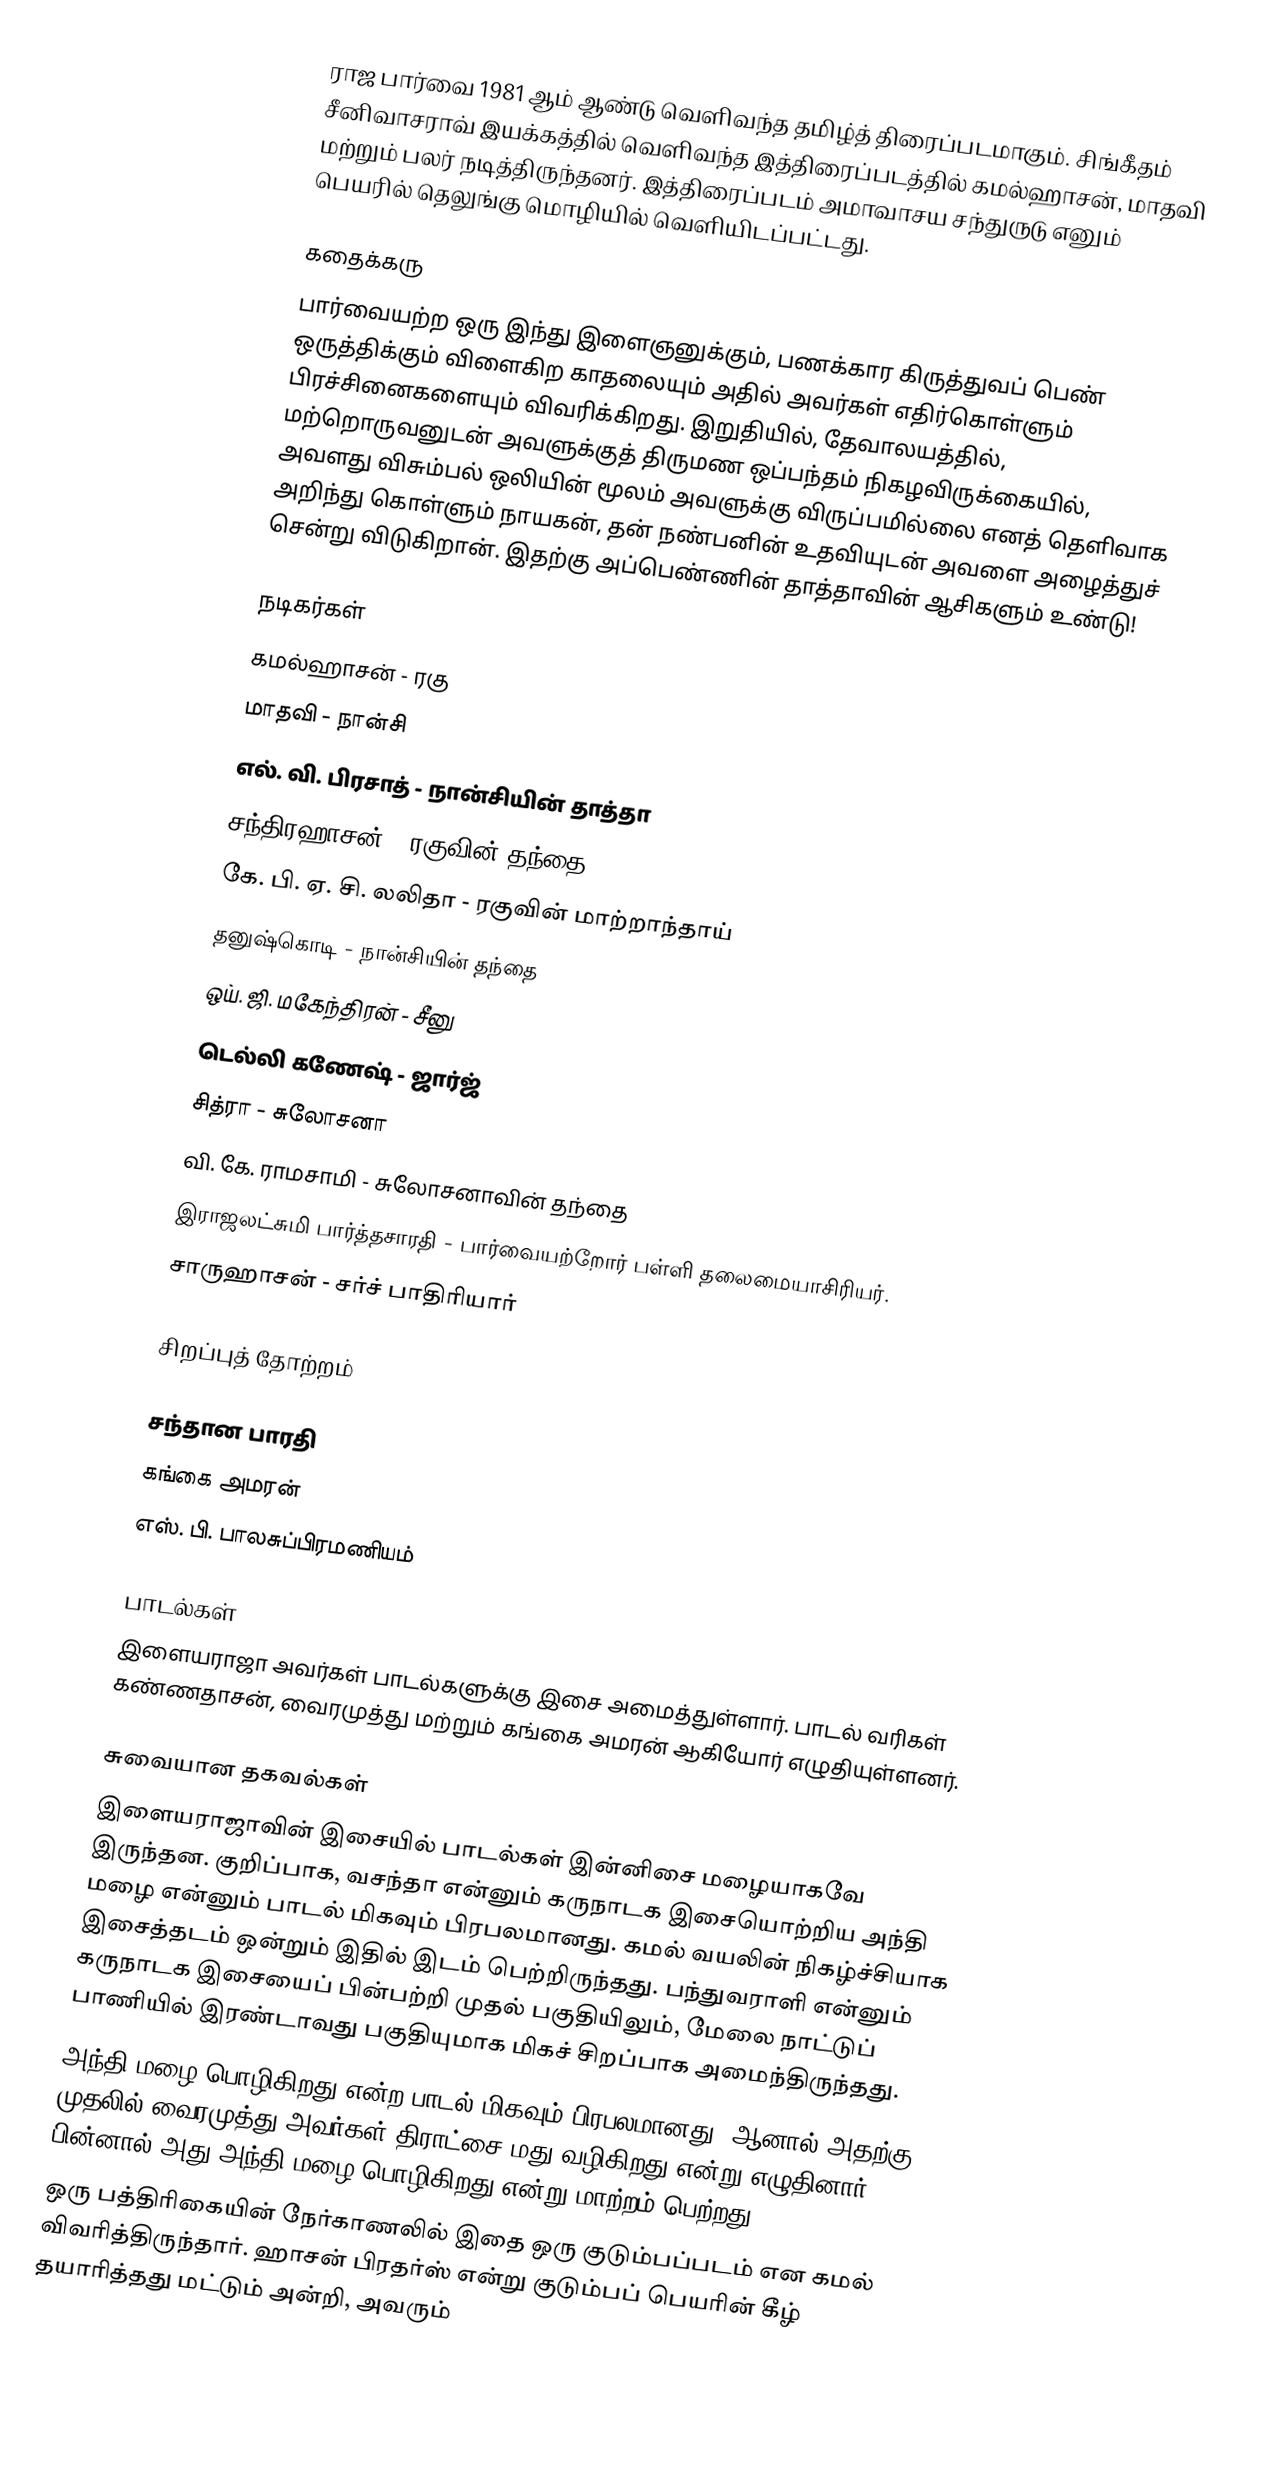
ராஜ பார்வை 1981 ஆம் ஆண்டு வெளிவந்த தமிழ்த் திரைப்படமாகும். சிங்கீதம் சீனிவாசராவ் இயக்கத்தில் வெளிவந்த இத்திரைப்படத்தில் கமல்ஹாசன், மாதவி மற்றும் பலர் நடித்திருந்தனர். இத்திரைப்படம் அமாவாசய சந்துருடு எனும் பெயரில் தெலுங்கு மொழியில் வெளியிடப்பட்டது.

கதைக்கரு
பார்வையற்ற ஒரு இந்து இளைஞனுக்கும், பணக்கார கிருத்துவப் பெண் ஒருத்திக்கும் விளைகிற காதலையும் அதில் அவர்கள் எதிர்கொள்ளும் பிரச்சினைகளையும் விவரிக்கிறது. இறுதியில், தேவாலயத்தில், மற்றொருவனுடன் அவளுக்குத் திருமண ஒப்பந்தம் நிகழவிருக்கையில், அவளது விசும்பல் ஒலியின் மூலம் அவளுக்கு விருப்பமில்லை எனத் தெளிவாக அறிந்து கொள்ளும் நாயகன், தன் நண்பனின் உதவியுடன் அவளை அழைத்துச் சென்று விடுகிறான். இதற்கு அப்பெண்ணின் தாத்தாவின் ஆசிகளும் உண்டு!

நடிகர்கள்
கமல்ஹாசன் - ரகு
மாதவி - நான்சி
எல். வி. பிரசாத் - நான்சியின் தாத்தா
 சந்திரஹாசன் - ரகுவின் தந்தை
 கே. பி. ஏ. சி. லலிதா - ரகுவின் மாற்றாந்தாய்
 தனுஷ்கொடி - நான்சியின் தந்தை
ஒய். ஜி. மகேந்திரன் - சீனு
டெல்லி கணேஷ் - ஜார்ஜ்
 சித்ரா - சுலோசனா
வி. கே. ராமசாமி - சுலோசனாவின் தந்தை
 இராஜலட்சுமி பார்த்தசாரதி - பார்வையற்றோர் பள்ளி தலைமையாசிரியர்.
சாருஹாசன் - சர்ச் பாதிரியார்

சிறப்புத் தோற்றம்

சந்தான பாரதி
கங்கை அமரன்
எஸ். பி. பாலசுப்பிரமணியம்

பாடல்கள்
இளையராஜா அவர்கள் பாடல்களுக்கு இசை அமைத்துள்ளார்.  பாடல் வரிகள் கண்ணதாசன், வைரமுத்து மற்றும் கங்கை அமரன் ஆகியோர் எழுதியுள்ளனர்.

சுவையான தகவல்கள்
 இளையராஜாவின் இசையில் பாடல்கள் இன்னிசை மழையாகவே இருந்தன. குறிப்பாக, வசந்தா என்னும் கருநாடக இசையொற்றிய அந்தி மழை என்னும் பாடல் மிகவும் பிரபலமானது. கமல் வயலின் நிகழ்ச்சியாக இசைத்தடம் ஒன்றும் இதில் இடம் பெற்றிருந்தது. பந்துவராளி என்னும் கருநாடக இசையைப் பின்பற்றி முதல் பகுதியிலும், மேலை நாட்டுப் பாணியில் இரண்டாவது பகுதியுமாக மிகச் சிறப்பாக அமைந்திருந்தது.
 அந்தி மழை பொழிகிறது என்ற பாடல் மிகவும் பிரபலமானது. ஆனால் அதற்கு முதலில் வைரமுத்து அவர்கள் திராட்சை மது வழிகிறது என்று எழுதினார். பின்னால் அது அந்தி மழை பொழிகிறது என்று மாற்றம் பெற்றது.
 ஒரு பத்திரிகையின் நேர்காணலில் இதை ஒரு குடும்பப்படம் என கமல் விவரித்திருந்தார். ஹாசன் பிரதர்ஸ் என்று குடும்பப் பெயரின் கீழ் தயாரித்தது மட்டும் அன்றி, அவரும்